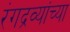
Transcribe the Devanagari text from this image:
रंगद्रव्यांच्या